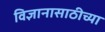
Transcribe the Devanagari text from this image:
विज्ञानासाठीच्या